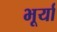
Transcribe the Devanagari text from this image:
भूर्या